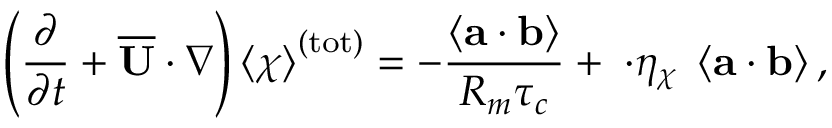
\left( \frac { \partial } { \partial t } + \boldsymbol { \overline { { \mathbf { U } } } \cdot \nabla } \right) \left\langle \chi \right\rangle ^ { ( \mathrm { t o t } ) } = - \frac { \left\langle \mathbf { a } \cdot \mathbf { b } \right\rangle } { R _ { m } \tau _ { c } } + \mathbf { \nabla \cdot } \eta _ { \chi } \mathbf { \nabla } \left\langle \mathbf { a } \cdot \mathbf { b } \right\rangle ,